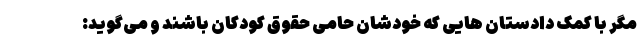
مگر با کمک دادستان هایی که خودشان حامی حقوق کودکان باشند و می‌گوید: